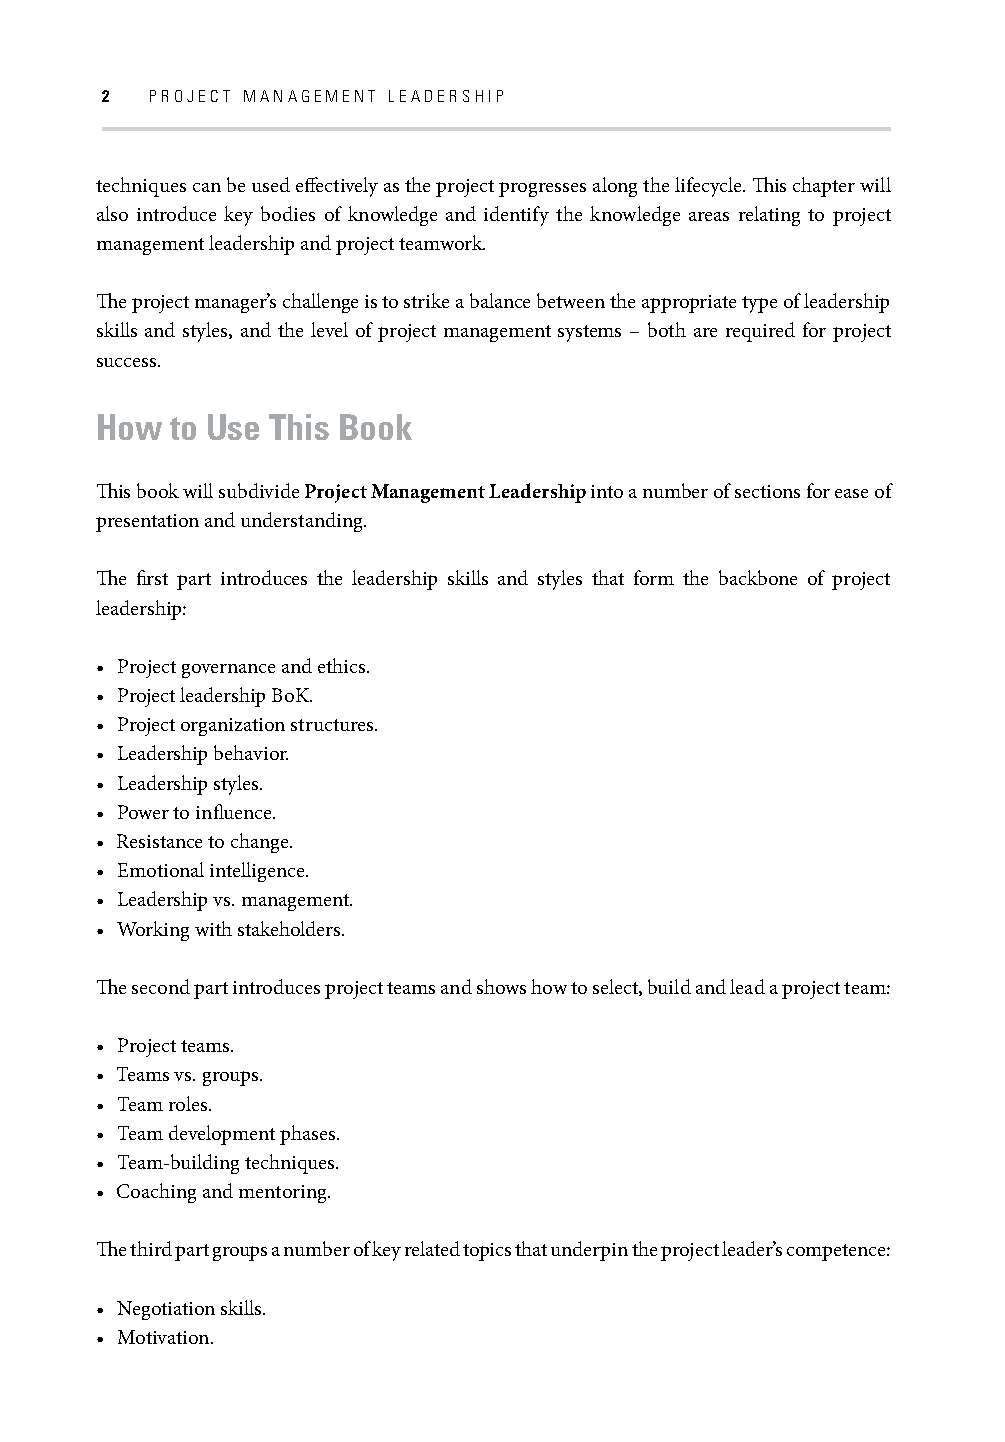
2  PROJECT MANAGEMENT LEADERSHIP
 techniques can be used eff ectively as the project progresses along the lifecycle. Th is chapter will
 also introduce key bodies of knowledge and identify the knowledge areas relating to project
 management leadership and project teamwork.
 Th e project manager’s challenge is to strike a balance between the appropriate type of leadership
 skills and styles, and the level of project management systems – both are required for project
 success.
 How  to Use This Book
 Th is book will subdivide Project Management Leadership into a number of sections for ease of
 presentation and understanding.
 Th e fi rst part introduces the leadership skills and styles that form the backbone of project
 leadership:
 • Project governance and ethics.
 • Project leadership BoK.
 • Project organization structures.
 • Leadership behavior.
 • Leadership styles.
 • Power to infl uence.
 • Resistance to change.
 • Emotional intelligence.
 • Leadership vs. management.
 • Working with stakeholders.
 Th e second part introduces project teams and shows how to select, build and lead a project team:
 • Project teams.
 • Teams vs. groups.
 • Team roles.
 • Team development phases.
 • Team-building techniques.
 • Coaching and mentoring.
 Th e third part groups a number of key related topics that underpin the project leader’s competence:
 • Negotiation skills.
 • Motivation.